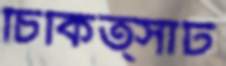
চিকিত্সাট